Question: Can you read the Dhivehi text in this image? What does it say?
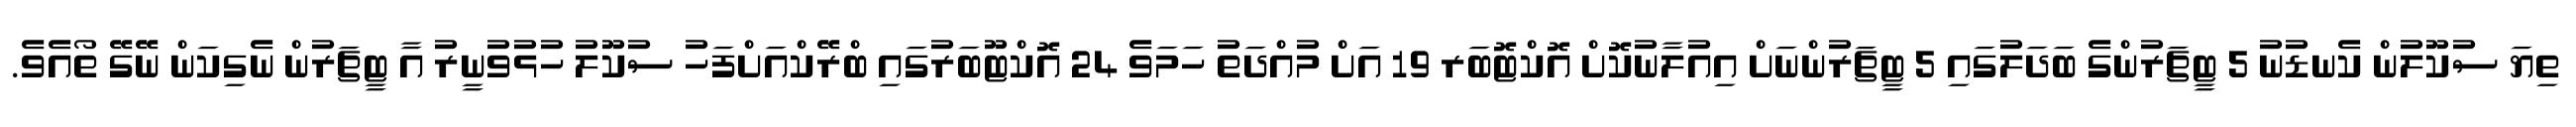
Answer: ތިޔަ ސުކޫލުން ކެނޑުނު 5 ޓީޗަރުންގެ ބަދަލުގައި 5 ޓީޗަރުންނަށް އިއުލާނުކޮށް އޮކްޓޮބަރ 19 އަށް މުއްދަތު ހަމަވެ 24 އޮކްޓޫބަރުގައި ބްރޭކްއަށްފަހު ސުކޫލު ހުޅުވުނީރު އާ ޓީޗަރުން ނެގިކަން ނޭގޭ ތޯއެވެ.